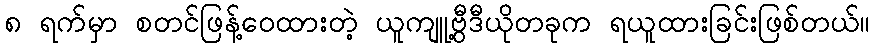
၈ ရက်မှာ စတင်ဖြန့်ဝေထားတဲ့ ယူကျူ့ဗွီဒီယိုတခုက ရယူထားခြင်းဖြစ်တယ်။